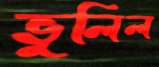
ভুলিল